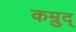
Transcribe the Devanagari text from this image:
कम्रुद्